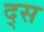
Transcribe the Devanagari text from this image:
द्स